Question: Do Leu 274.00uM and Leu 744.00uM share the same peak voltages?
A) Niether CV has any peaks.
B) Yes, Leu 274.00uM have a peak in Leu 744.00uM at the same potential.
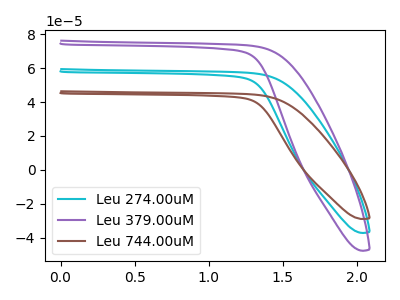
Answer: <think>The cyan curve "Leu 274.00uM" has no peaks. The purple curve "Leu 379.00uM" has no peaks. The brown curve "Leu 744.00uM" has no peaks.</think>
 <answer>A) Niether CV has any peaks.</answer>
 <eval>A</eval>